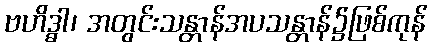
ဗဟိဒ္ဓါ၊ အတွင်းသန္တာန်အပသန္တာန်၌ဖြစ်ကုန်